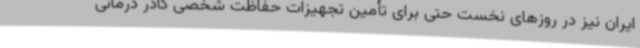
ایران نیز در روزهای نخست حتی برای تأمین تجهیزات حفاظت شخصی کادر درمانی